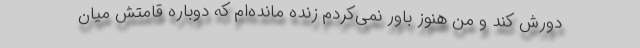
دورش کند و من هنوز باور نمی‌کردم زنده مانده‌ام که دوباره قامتش میان